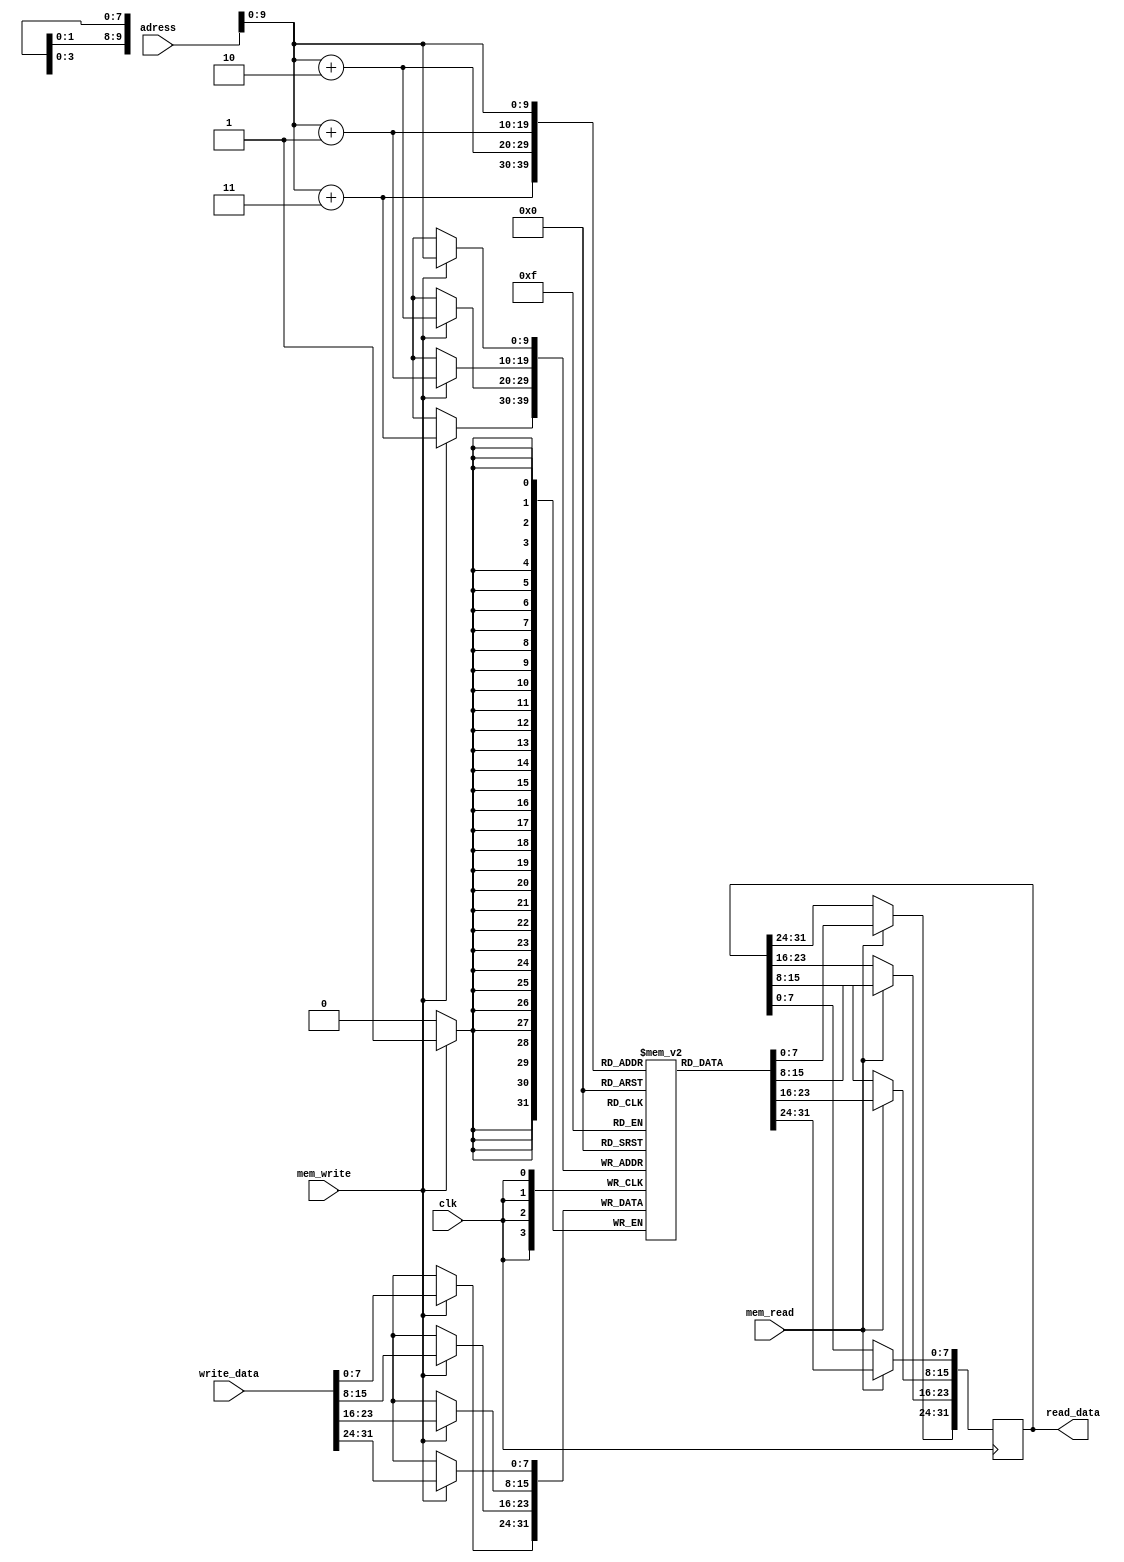
module memory (/*AUTOARG*/
   // Outputs
   read_data,
   // Inputs
   write_data, adress, mem_write, mem_read, clk
   ) ;
	//parameter mem_length = 2 ** 18; //this was taking too long so I stopped it. not recommended 256KB Memory
	//parameter mem_length = 2 ** 14; //took about 2 min and 22 seconds to synthesize 16KB Memory
   parameter mem_length = 2 ** 10; //1 KB memory
   input [31:0] write_data;
	input [17:0] adress; //256KB memory suitable
   input        mem_write, mem_read;
   input        clk;
   output reg [31:0] read_data;

   reg [7:0]    memory_data[mem_length - 1 : 0];

	//this is need to be posedge. this is about clock cycle delay.
	//initally read data will consist of XXXXXX. So when mem_read
	//signal came read_data will still be XXXXX if this would be negedge
	//At the end of cycle for lw for example XXXXX would be written to
	// register. So we need posedge here to get read_data at negedge
	// if mem_read is positive
   always @ (posedge clk) begin
      if (mem_read == 1'b1) begin
         read_data[7:0] <= memory_data[adress + 3];
         read_data[15:8] <= memory_data[adress + 2];
         read_data[23:16] <= memory_data[adress + 1];
         read_data[31:24] <= memory_data[adress];
      end
   end

   always @ (negedge clk) begin
      if (mem_write == 1'b1) begin
         memory_data[adress] <= write_data[31:24];
         memory_data[adress + 1] <= write_data[23:16];
         memory_data[adress + 2] <= write_data[15:8];
         memory_data[adress + 3] <= write_data[7:0];
      end
   end

endmodule // memory